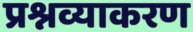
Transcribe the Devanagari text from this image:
प्रश्नव्याकरण